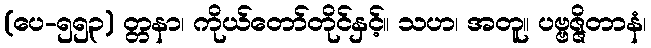
(ပေ-၅၅၃) တ္တနာ၊ ကိုယ်တော်တိုင်နှင့်။ သဟ၊ အတူ။ ပဗ္ဗဇ္ဇိတာနံ၊